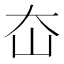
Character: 㞭